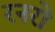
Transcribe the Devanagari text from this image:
रनरो